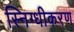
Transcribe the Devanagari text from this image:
स्निग्धीकरण